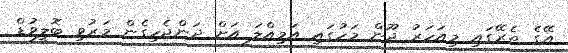
އޭގެ ތެރޭގައި މިއަހަރު ޖޫން މަހުގައި އަމިއްލަ އަށް ދަންޖެހިގެން މަރުވި ބޮލީވުޑް